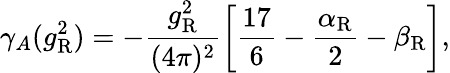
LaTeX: \gamma_{A}(g_{\mathrm{R}}^{2})=-\frac{g_{\mathrm{R}}^{2}}{(4\pi)^{2}}\left[\frac{17}6-\frac{\alpha_{\mathrm{R}}}2-\beta_{\mathrm{R}}\right],